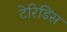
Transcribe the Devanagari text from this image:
टेरिडिंस